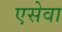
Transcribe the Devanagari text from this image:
एसेवा